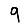
Digit: 9